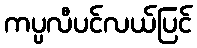
ကပ္ပလီပင်လယ်ပြင်